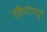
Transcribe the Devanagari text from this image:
उद्दिष्टांपासून